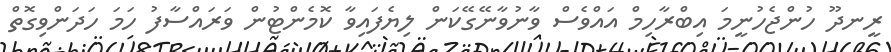
ރީނދޫ ހުންޖެހުނީމަ އިބްރާހިމް އައްވެސް ވާނުވާނޭގޭކަން ލިޔެފައިވާ ކޮމެންޓުން ވަރައްސާފު ހަމަ ހަދަންވިގޮތް